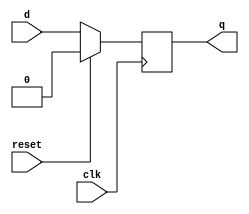
module sync_reset_ff (
  input clk,
  input reset,
  input d,
  output reg q
);
  
always @(posedge clk) begin
  if (reset) begin
    q <= 0;
  end else begin
    q <= d;
  end
end

endmodule